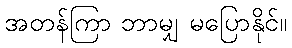
အတန်ကြာ ဘာမျှ မပြောနိုင်။